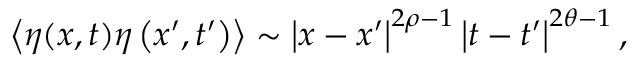
\left\langle \eta ( x , t ) \eta \left( x ^ { \prime } , t ^ { \prime } \right) \right\rangle \sim \left| x - x ^ { \prime } \right| ^ { 2 \rho - 1 } \left| t - t ^ { \prime } \right| ^ { 2 \theta - 1 } ,